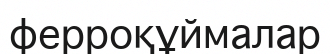
ферроқұймалар